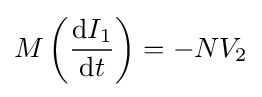
M\left({\mathrm {d} I_{1} \over \mathrm {d} t}\right)=-NV_{2}\,\!